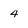
Character: 4